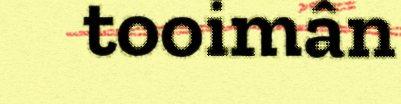
tooimân